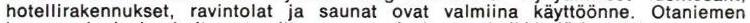
hotellirakennukset, ravintolat ja saunat ovat valmiina käyttöönne. Otaniemen